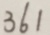
3 6 1